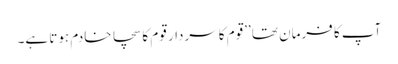
آپ کا فرمان تھا ’’قوم کا سردار قوم کا سچا خادم ہوتا ہے۔